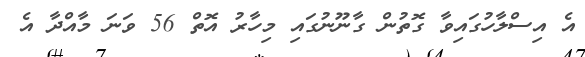
އެ އިސްލާހުގައިވާ ގޮތުން ގާނޫނުގައި މިހާރު އޮތް 56 ވަނަ މާއްދާ އެ